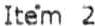
ITEM 2